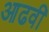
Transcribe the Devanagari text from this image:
आढवी